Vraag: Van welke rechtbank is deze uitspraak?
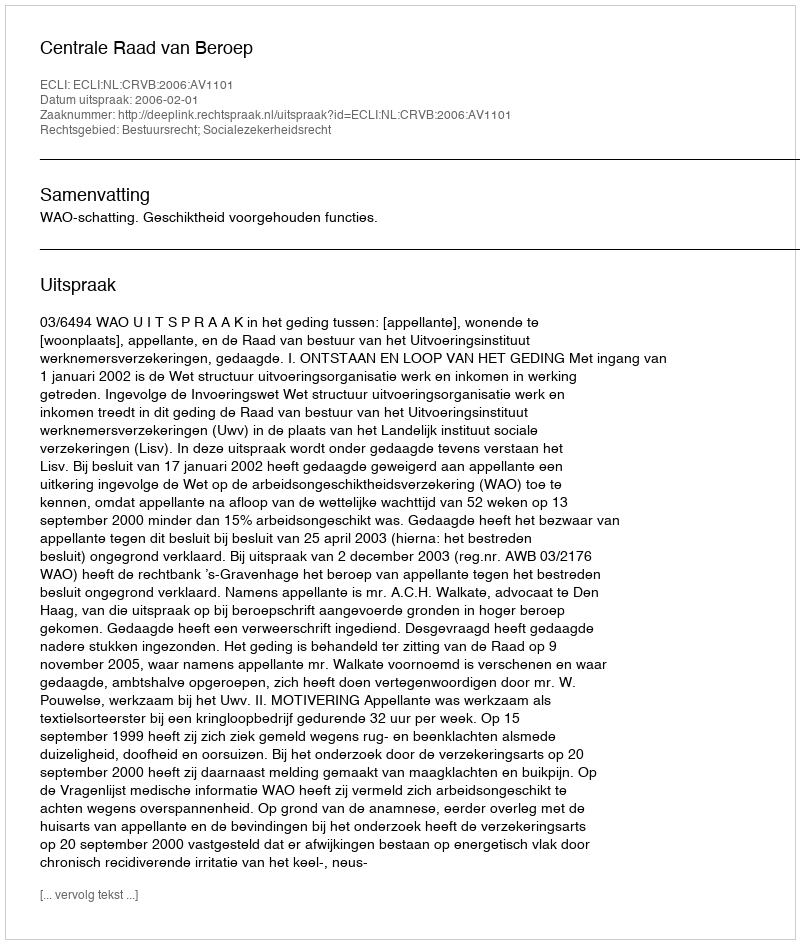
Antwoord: Centrale Raad van Beroep